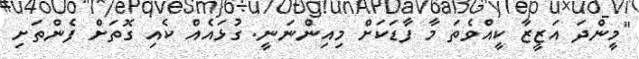
"މީންދަ އަޒީޒާ ކީއްވެތަ މާ ފާޑަކަށް މިއިންނަނީ. ގުޅައެއް ކެއި ގޮތަށް ފެންތަށި